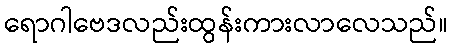
ရောဂါဗေဒလည်းထွန်းကားလာလေသည်။